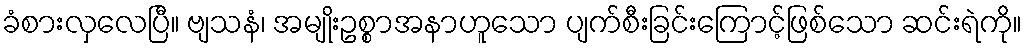
ခံစားလှလေပြီ။ ဗျသနံ၊ အမျိုးဥစ္စာအနာဟူသော ပျက်စီးခြင်းကြောင့်ဖြစ်သော ဆင်းရဲကို။